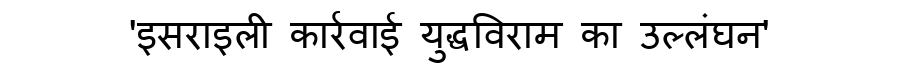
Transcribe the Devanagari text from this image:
'इसराइली कार्रवाई युद्धविराम का उल्लंघन'